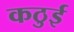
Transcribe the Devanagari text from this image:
कठुई